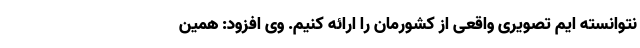
نتوانسته ایم تصویری واقعی از کشورمان را ارائه کنیم. وی افزود: همین